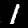
Digit: 1